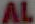
AL